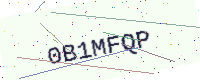
Text: 0B1MFQP